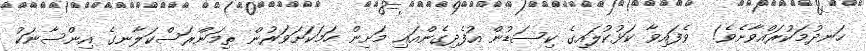
ހަނދުމަކުރައްވާށެވެ!  ވެފައިވާ ކަޅުކުލައިގެ ކިސަޑުން އުފެދިގެންއައި މަށިން ހަމަކަށަވަރުން ތިމަންރަސްކަލާނގެ އިންސާނަކު